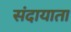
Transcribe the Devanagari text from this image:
संदायाता